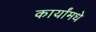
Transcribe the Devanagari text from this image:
कार्यांमधे